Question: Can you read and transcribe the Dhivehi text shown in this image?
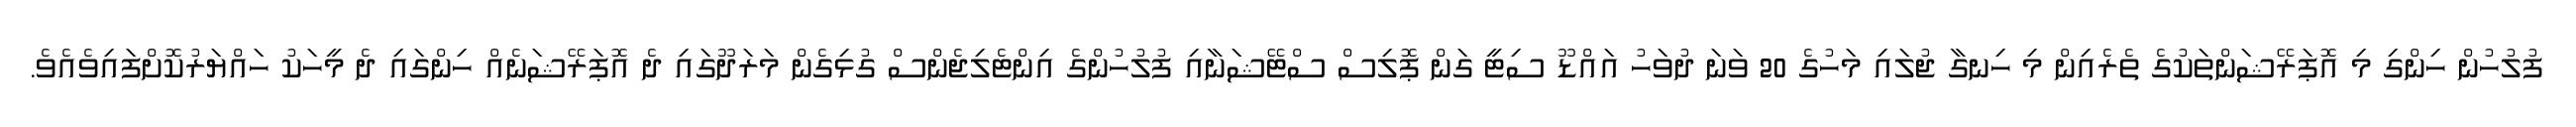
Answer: ފުލުހުން ހިންގި މި އޮޕަރޭޝަންތަކުގެ ތެރެއިން މި ހިނގާ ޖުލައި މަހުގެ 20 ވަނަ ދުވަހު އައްޑޫ ސިޓީ ގަން ޕޮލިސް ސްޓޭޝަނާއި ފުލުހުންގެ އިންޓެލިޖެންސް ގުޅިގެން މަރަދޫގައި ދެ އޮޕަރޭޝަނެއް ހިންގައި ދެ މީހަކު ހައްޔަރުކޮށްފައިވެއެވެ.